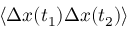
\left\langle \Delta \boldsymbol { x } ( t _ { 1 } ) \Delta \boldsymbol { x } ( t _ { 2 } ) \right\rangle